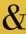
&